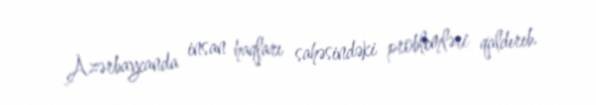
Azərbaycanda insan haqları sahəsindəki problemləri qaldırıb.